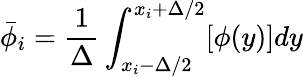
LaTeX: \bar{\phi}_{i}=\frac{1}{\Delta}\int_{x_{i}-\Delta/2}^{x_{i}+\Delta/2}[\phi(y)]dy